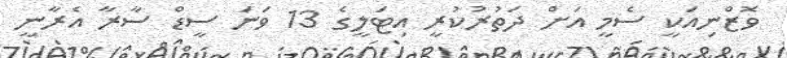
ވޮޒްނިއަކީ ސެމީ އަށް ދަތުރުކުރީ އިޓަލީގެ 13 ވަނަ ސީޑް ސާރާ އެރާނީ